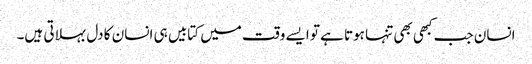
انسان جب کبھی بھی تنہا ہوتا ہے تو ایسے وقت میں کتابیں ہی انسان کا دل بہلاتی ہیں۔